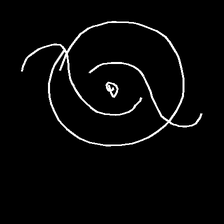
Glyph: repetition